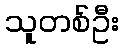
သူတစ်ဦး